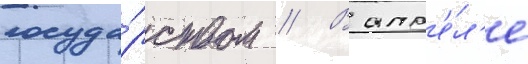
госуда́рством // В апр'е́л'е